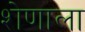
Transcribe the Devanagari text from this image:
शेणाला